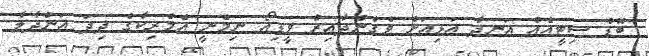
ބޮޑު ސިޓީއެއް އަނދާ އަޅިއަށް ވެގެންދާއިރު ވީޑިއޯ ނިމެނީ އެމެރިކާގެ ދިދަ އަންދާލާ